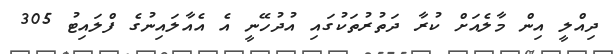
ދިއްލީ އިން މާލެއަށް ކުރާ ދަތުރުތަކުގައި އުދުހޭނީ އެ އެއާލައިނުގެ ފްލައިޓު 305